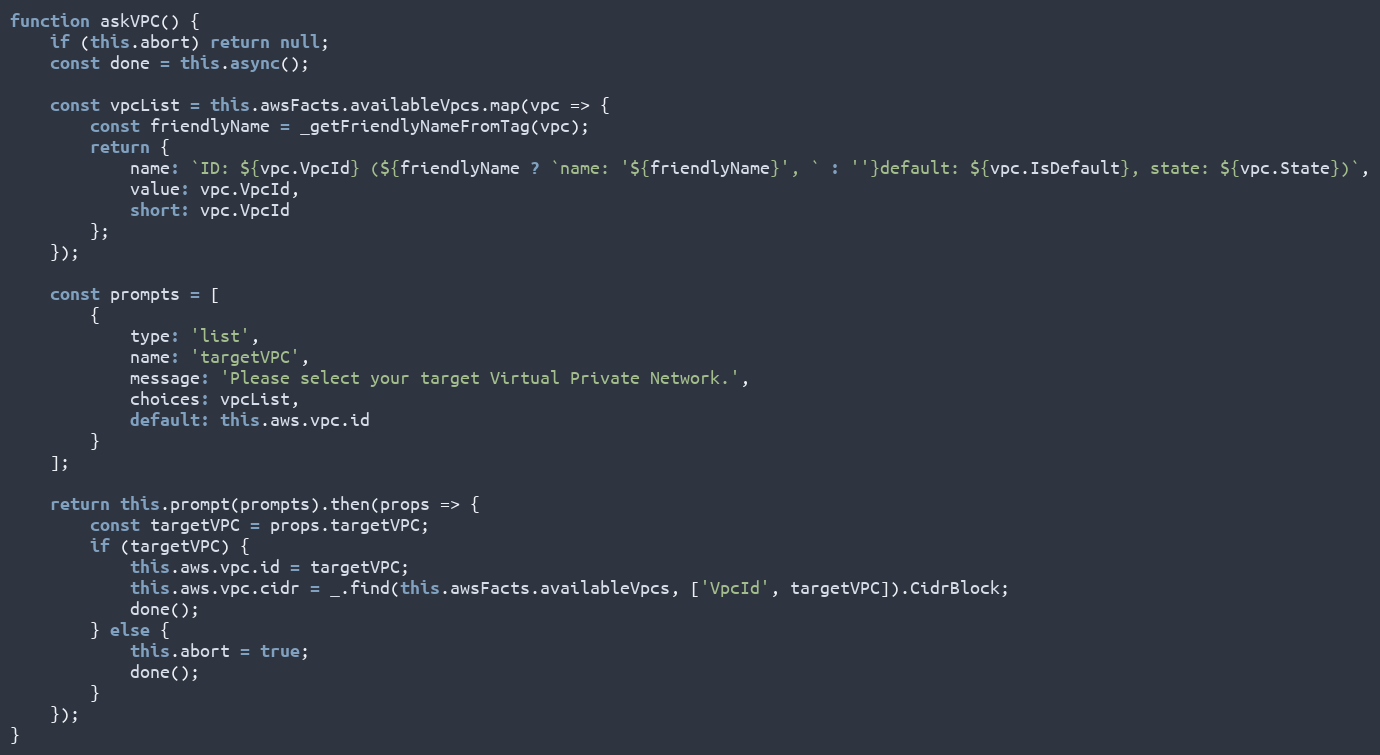
Language: JavaScript
function askVPC() {
    if (this.abort) return null;
    const done = this.async();

    const vpcList = this.awsFacts.availableVpcs.map(vpc => {
        const friendlyName = _getFriendlyNameFromTag(vpc);
        return {
            name: `ID: ${vpc.VpcId} (${friendlyName ? `name: '${friendlyName}', ` : ''}default: ${vpc.IsDefault}, state: ${vpc.State})`,
            value: vpc.VpcId,
            short: vpc.VpcId
        };
    });

    const prompts = [
        {
            type: 'list',
            name: 'targetVPC',
            message: 'Please select your target Virtual Private Network.',
            choices: vpcList,
            default: this.aws.vpc.id
        }
    ];

    return this.prompt(prompts).then(props => {
        const targetVPC = props.targetVPC;
        if (targetVPC) {
            this.aws.vpc.id = targetVPC;
            this.aws.vpc.cidr = _.find(this.awsFacts.availableVpcs, ['VpcId', targetVPC]).CidrBlock;
            done();
        } else {
            this.abort = true;
            done();
        }
    });
}